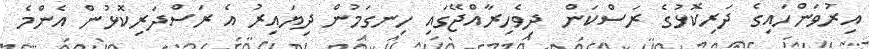
އިރުވަންހައިގެ ދަރިކޮޅުގެ ރަސްކަން  ދިވެހިރާއްޖޭގައި ހިނގަމުން ދިޔައިރު އެ ރަސްދަރިކޮޅުން އެންމެ